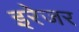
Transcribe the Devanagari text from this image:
इरेजर